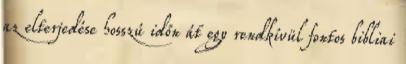
az elterjedése hosszú időn át egy rendkívül fontos bibliai